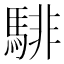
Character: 騑